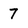
Character: 7